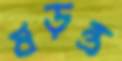
ষড়ন্ত্র